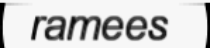
ramees